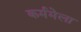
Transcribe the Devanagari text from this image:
कर्ममेला